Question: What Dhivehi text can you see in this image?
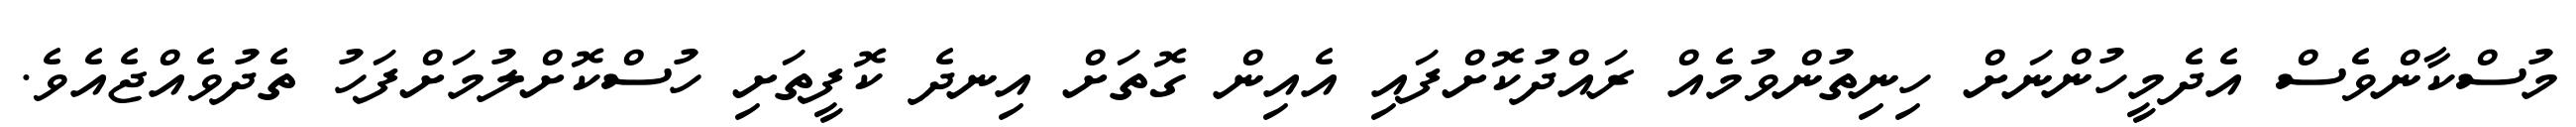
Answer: މުސްކާންވެސް އެދެމީހުންނަށް ހިނިތުންވުމެއް ރައްދުކޮށްފައި އެއިން ގޮތަށް އިނދެ ކޮފީތަށި ހުސްކޮށްލުމަށްފަހު ތެދުވެއްޖެއެވެ.